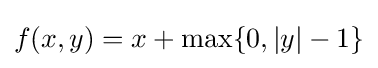
f(x,y)=x+\max\{0,|y|-1\}